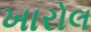
ખારોલ